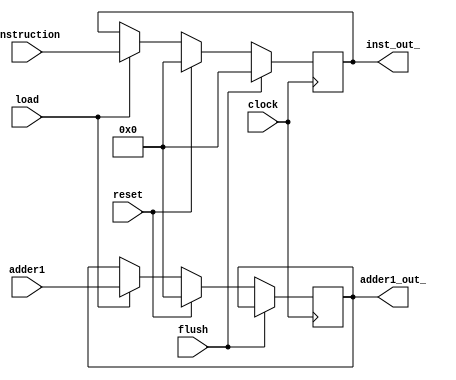
`timescale 1ns/1ns
module IFID(clock, reset, load, flush, instruction, adder1, inst_out_, adder1_out_);
    input clock, reset, flush,load;  
    input [31:0] instruction, adder1;
    output reg [31:0] inst_out_, adder1_out_;
    always @(posedge clock)
    begin
        if (flush)begin 
            inst_out_ <= 32'b0; 
        end
        else if (reset)begin
            adder1_out_ <= 32'b0;
            inst_out_ <= 32'b0;
        end
        else begin
            if (load) begin
                adder1_out_ <= adder1; 
                inst_out_ <= instruction;
                   
            end
        end
    end
endmodule